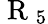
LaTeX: \mathrm{~R~}_{5}